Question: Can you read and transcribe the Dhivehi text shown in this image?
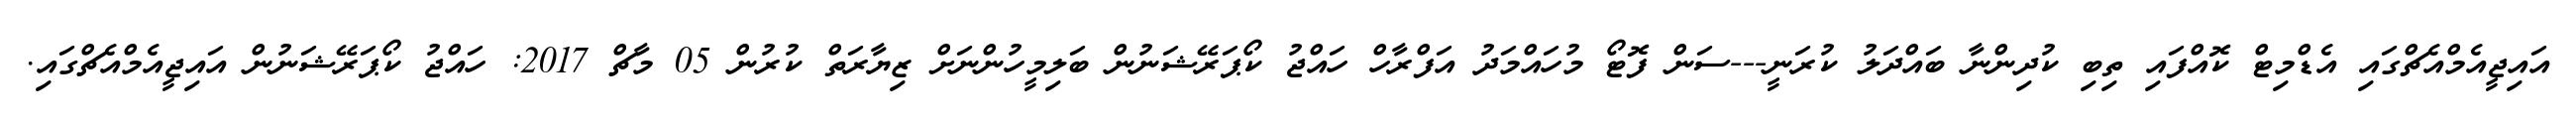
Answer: އައިޖީއެމްއެޗްގައި އެޑްމިޓް ކޮއްފައި ތިބި ކުދިންނާ ބައްދަލު ކުރަނީ---ސަން ފޮޓޯ މުހައްމަދު އަފްރާހް ހައްޖު ކޯޕަރޭޝަނުން ބަލިމީހުންނަށް ޒިޔާރަތް ކުރުން 05 މާޗް 2017: ހައްޖު ކޯޕަރޭޝަނުން އައިޖީއެމްއެޗްގައި.